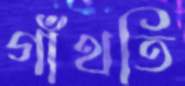
গাঁথতি